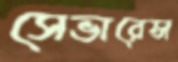
সেভারেন্স